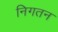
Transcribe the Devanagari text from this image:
निगतन